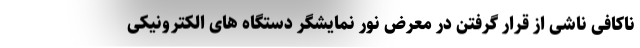
ناکافی ناشی از قرار گرفتن در معرض نور نمایشگر دستگاه های الکترونیکی